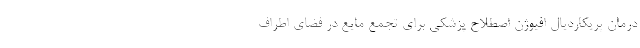
درمان پریکاردیال افیوژن اصطلاح پزشکی برای تجمع مایع در فضای اطراف